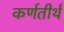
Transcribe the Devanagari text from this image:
कर्णतीर्थ